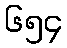
၆၅၄